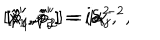
[ \hat { x } _ { 1 } ^ { \prime } , \hat { x } _ { 2 } ^ { \prime } ] = i \alpha ^ { 2 } , \hspace { 0 . 4 c m } [ \hat { p } _ { 1 } ^ { \prime } , \hat { p } _ { 2 } ^ { \prime } ] = i \alpha ^ { - 2 } , \hspace { 0 . 4 c m } [ \hat { x } _ { i } ^ { \prime } , \hat { p } _ { j } ^ { \prime } ] = i \delta _ { i j } .